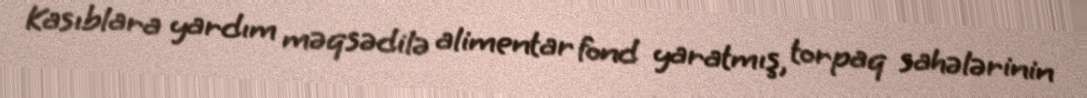
Kasıblara yardım məqsədilə alimentar fond yaratmış, torpaq sahələrinin